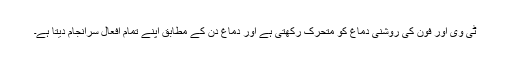
ٹی وی اور فون کی روشنی دماغ کو متحرک رکھتی ہے اور دماغ دن کے مطابق اپنے تمام افعال سرانجام دیتا ہے۔